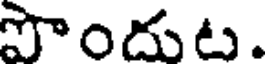
పొందుట.